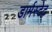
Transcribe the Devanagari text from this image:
डार्मस्टेट